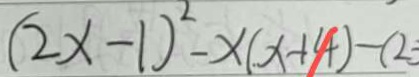
( 2 x - 1 ) ^ { 2 } - x ( x + 4 ) - ( 2 3